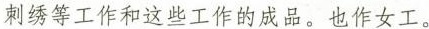
刺绣等工作和这些工作的成品。也作女工。